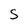
Character: S